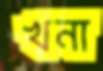
খনা